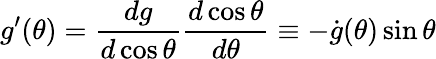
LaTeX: g^{\prime}(\theta)=\frac{dg}{d\cos\theta}\frac{d\cos\theta}{d\theta}\equiv-\dot{g}(\theta)\sin\theta